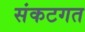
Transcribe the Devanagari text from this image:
संकटगत